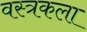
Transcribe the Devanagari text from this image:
वस्त्रकला